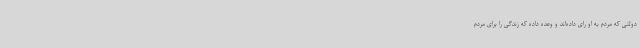
دولتی که مردم به او رای داده‌اند و وعده داده که زندگی را برای مردم